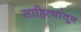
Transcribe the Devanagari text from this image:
साहित्यांतून